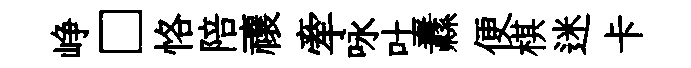
峥□恪陪禳牽咏吐纛便棋迷卡